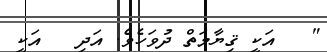
"   އަކީ ޤިޔާމަތް ދުވަހެވެ. އަދި   އަކީ